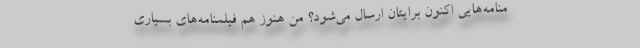
منامه‌هایی اکنون برایتان ارسال می‌شود؟ من هنوز هم فیلمنامه‌های بسیاری